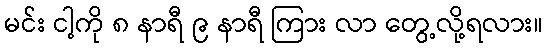
မင်း ငါ့ကို ၈ နာရီ ၉ နာရီ ကြား လာ တွေ့လို့ရလား။